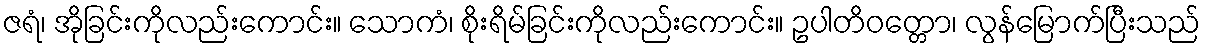
ဇရံ၊ အိုခြင်းကိုလည်းကောင်း။ သောကံ၊ စိုးရိမ်ခြင်းကိုလည်းကောင်း။ ဥပါတိဝတ္တော၊ လွန်မြောက်ပြီးသည်